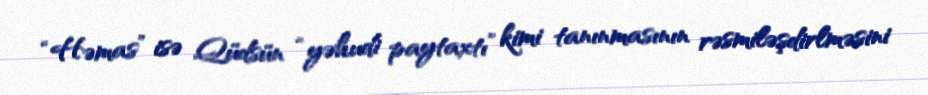
“Həmas” isə Qüdsün “yəhudi paytaxtı” kimi tanınmasının rəsmiləşdirlməsini